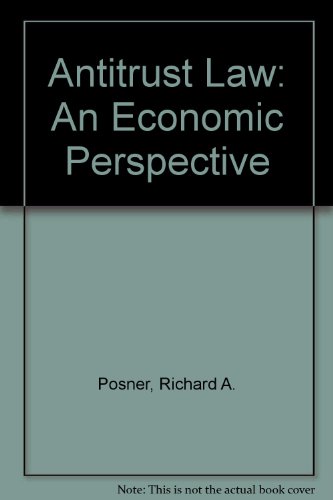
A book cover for Antitrust Law: An Economic Perspective; Richard A. Posner; Law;